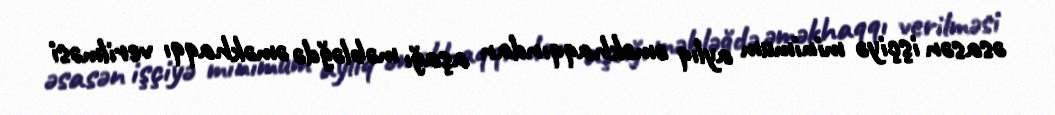
əsasən işçiyə minimum aylıq əməkhaqqından aşağı məbləğdə əməkhaqqı verilməsi